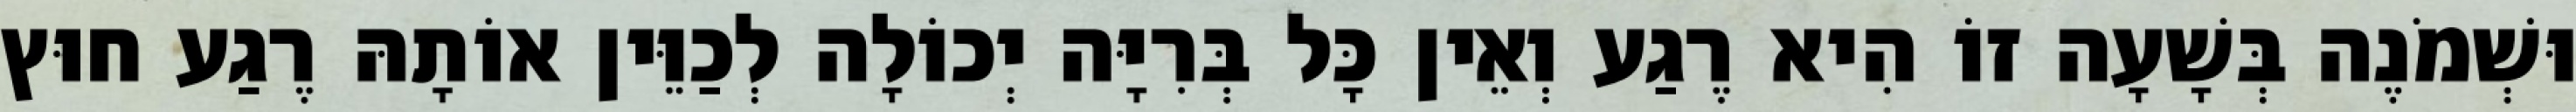
וּשְׁמֹנֶה בְּשָׁעָה זוֹ הִיא רֶגַע וְאֵין כָּל בְּרִיָּה יְכוֹלָה לְכַוֵּין אוֹתָהּ רֶגַע חוּץ